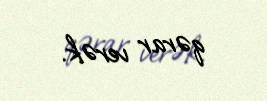
qərar verək.